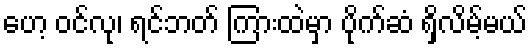
ဟေ့ ဝင်လု၊ ရင်ဘတ် ကြားထဲမှာ ပိုက်ဆံ ရှိလိမ့်မယ်